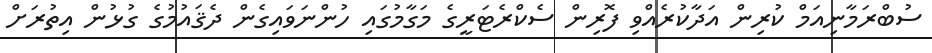
ސުބްރަމާނިއަމް ކުރިން އަދާކުރެއްވި ފޮރިން ސެކްރެޓަރީގެ މަގާމުގައި ހުންނަވައިގެން ދެޤައުމުގެ ގުޅުން އިތުރަށް